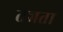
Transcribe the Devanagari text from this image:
तजता